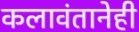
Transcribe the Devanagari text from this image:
कलावंतानेही